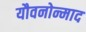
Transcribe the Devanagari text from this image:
यौवनोन्माद